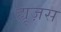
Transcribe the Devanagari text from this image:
ह्यूज़स